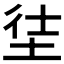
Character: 𡋩